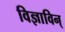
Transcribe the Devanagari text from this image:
विज्ञाविन्